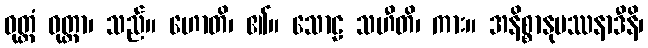
ဝုတ္တံ ဝုတ္တာ၊ သည်။ ဟောတိ၊ ၏။ သောဠ သဟီတိ၊ ကား။ အနိစ္စာနုပဿနာဒီနိ၊